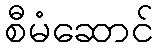
စီမံဆောင်